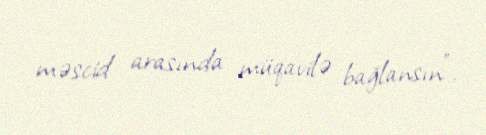
məscid arasında müqavilə bağlansın”.